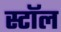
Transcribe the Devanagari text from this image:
स्टाॅल